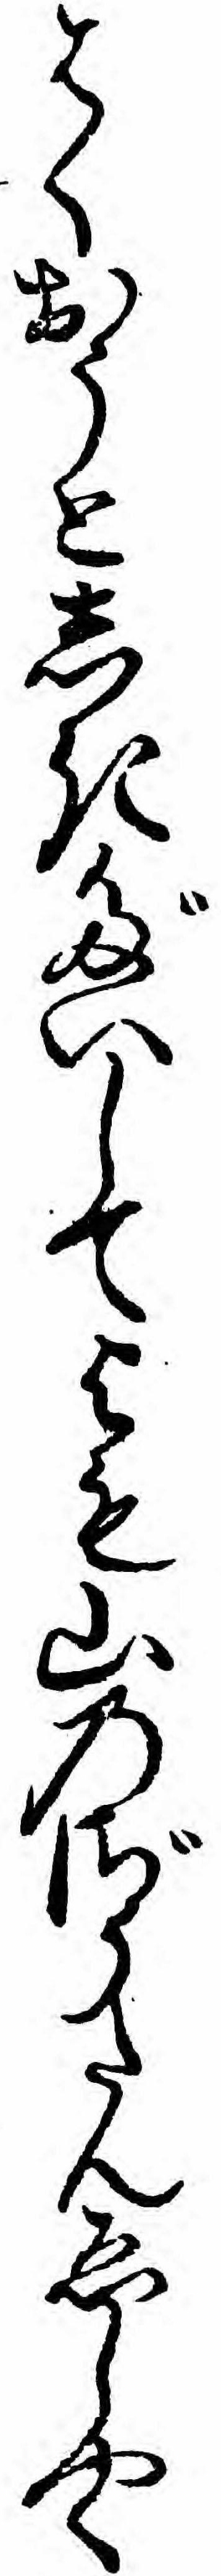
はくおうとしきだいしてよも山のざうたんゑしやく